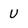
Character: U